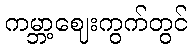
ကမ္ဘာ့ဈေးကွက်တွင်